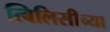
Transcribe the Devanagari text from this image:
त्बिलिसीच्या